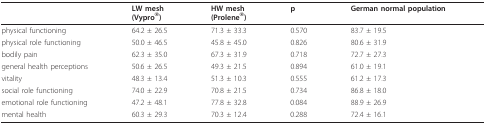
|  | LW mesh(Vypro®) | HW mesh(Prolene®) | p | German normal population |
 | --- | --- | --- | --- | --- |
 | physical functioning | 64.2 ± 26.5 | 71.3 ± 33.3 | 0.570 | 83.7 ± 19.5 |
 | physical role functioning | 50.0 ± 46.5 | 45.8 ± 45.0 | 0.826 | 80.6 ± 31.9 |
 | bodily pain | 62.3 ± 35.0 | 67.3 ± 31.9 | 0.718 | 72.7 ± 27.3 |
 | general health perceptions | 50.6 ± 26.5 | 49.3 ± 21.5 | 0.894 | 61.0 ± 19.1 |
 | vitality | 48.3 ± 13.4 | 51.3 ± 10.3 | 0.555 | 61.2 ± 17.3 |
 | social role functioning | 74.0 ± 22.9 | 70.8 ± 21.5 | 0.734 | 86.8 ± 18.0 |
 | emotional role functioning | 47.2 ± 48.1 | 77.8 ± 32.8 | 0.084 | 88.9 ± 26.9 |
 | mental health | 60.3 ± 29.3 | 70.3 ± 12.4 | 0.288 | 72.4 ± 16.1 |